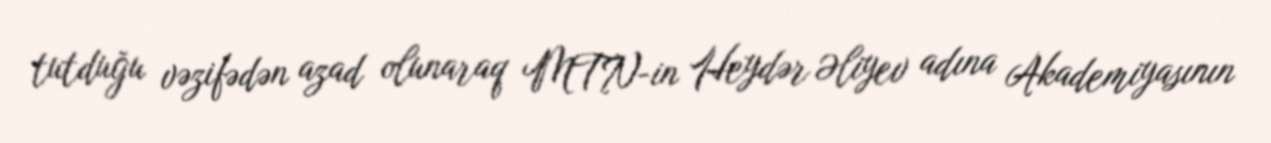
tutduğu vəzifədən azad olunaraq MTN-in Heydər Əliyev adına Akademiyasının